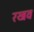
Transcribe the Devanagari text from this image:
रखव